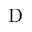
\mathrm { D }